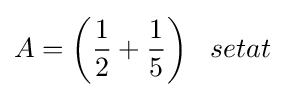
A={\bigg (}{\frac {1}{2}}+{\frac {1}{5}}{\bigg )}\;\;\;setat